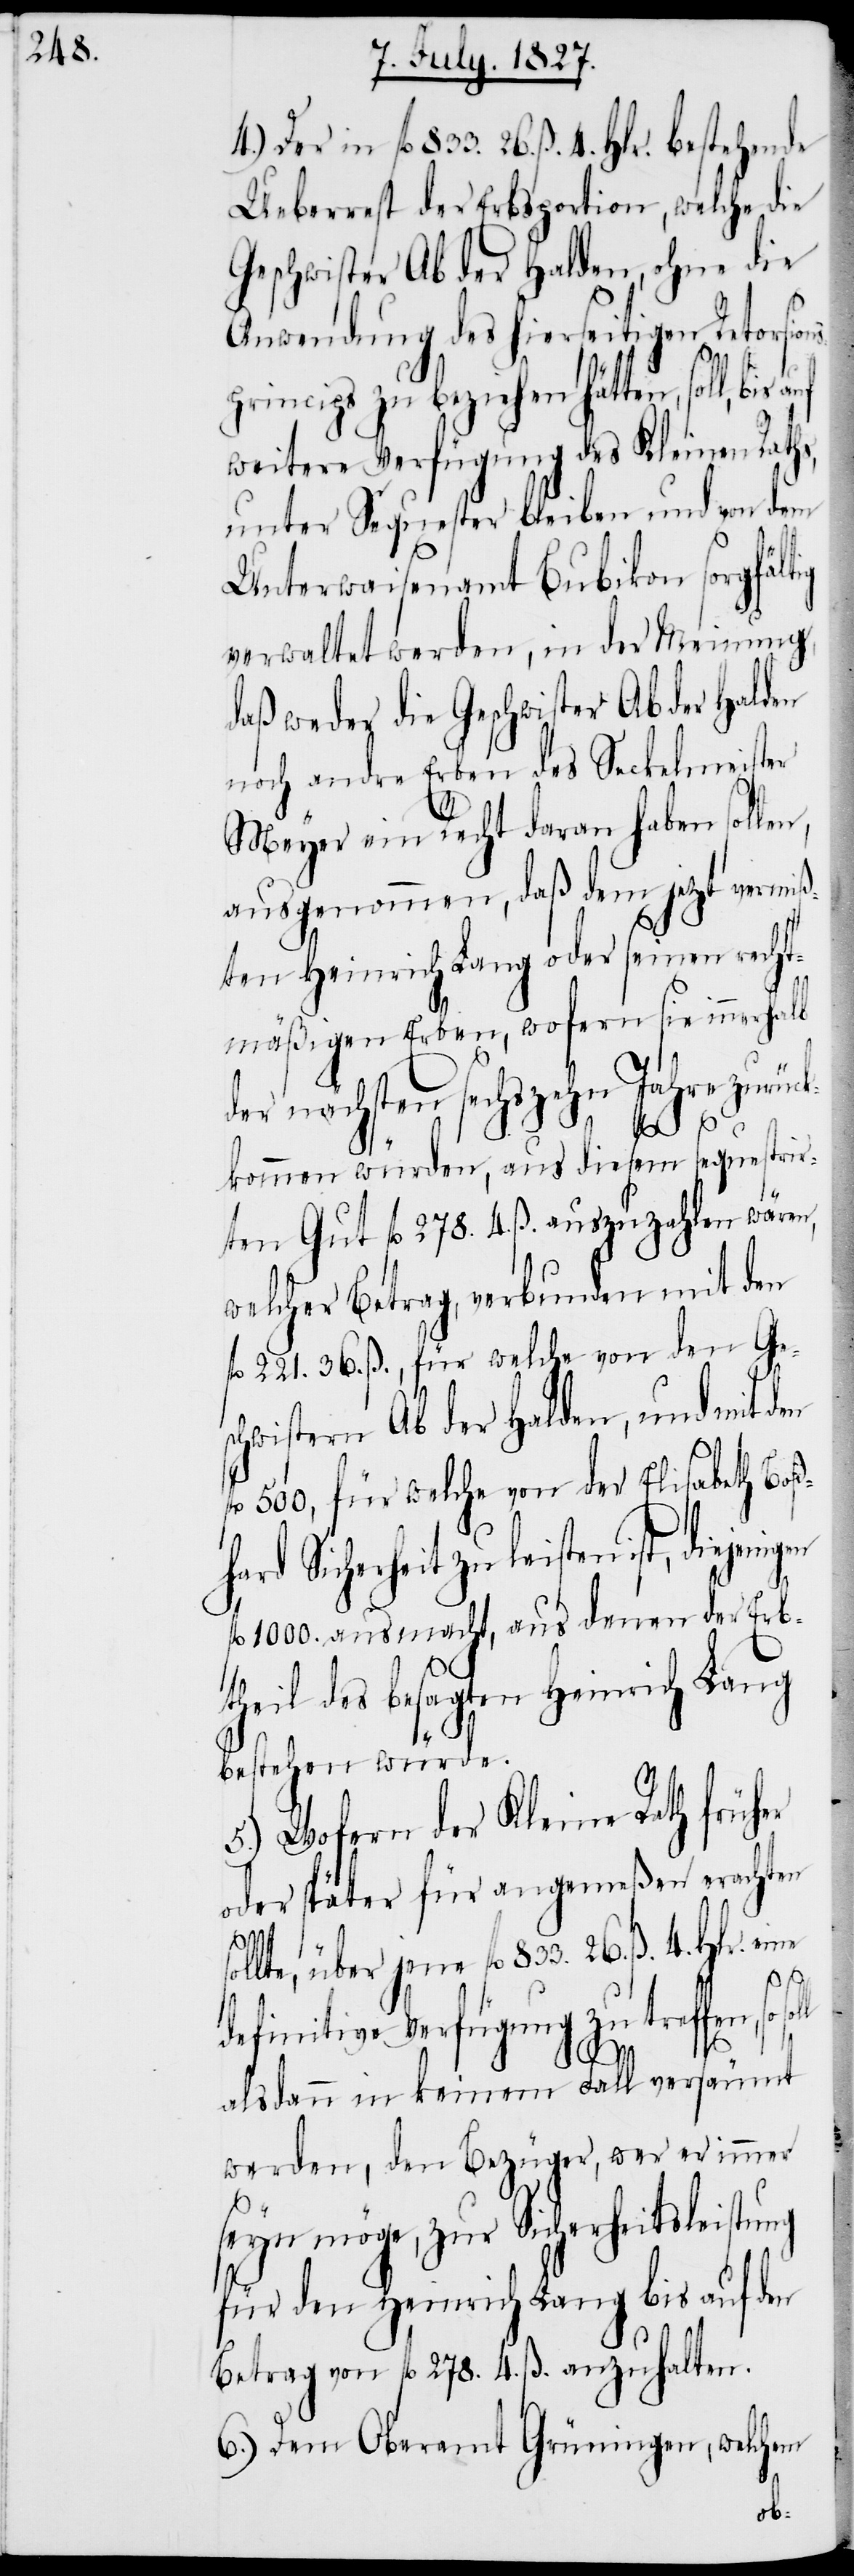
4.) Der in fl. 833. 26. ß. 4. Hlr. bestehende
Ueberrest der Erbsportion, welcher die
Geschwister Ab der Halden, ohne die
Anwendung des hierseitigen Retorsion¬
sprincips zu beziehen hätten, soll,
weitere Verfügung des Kleinen Raths,
unter Sequester bleiben und von dem
Unterwaisenamt Bubikon sorgfältig
verwaltet werden, in der Meinung,
daß weder die Geschwister Ab der Halden
noch andre Erben des Seckelmeister
Meyer ein Recht daran haben sollen,
ausgenommen, daß dem jetzt vermi¬
ßten Heinrich Lang oder seinen recht¬
mäßigen Erben, wofern sie innerhalb
der nächsten sechszehn Jahren zurück¬
hard Sic¬
kommen würden, aus diesem sequestir¬
ten Gut fl. 278. 4. ß. auszuzahlen wären,
welcher Betrag, verbunden mit den
fl. 221. 36. ß., für welche von den Ge¬
schwistern Ab der Halden, und mit den
500, für welche von der Elisabetha Boß¬
herheit zu leisten ist, diejeni¬
l. 1000. ausmacht, aus denen der Erb¬
fl.
theil des besagten Heinrich Lang
bestehen würde.
5.) Wofern der Kleine Rath früher
oder später für angemeßen erachten
f¬
sollte, über jene fl. 833. 26. ß. 4. Hlr. eine
definitive Verfügung zu treffen, so
alsdann in keinem Fall versäumt
werden, den Bezüger, wer er immer
seyn möge, zur Sicherheitsleistung
für den Heinrich Lang bis auf den
Betrag von fl. 278. 4. ß. anzuhalten.
6.) Dem Oberamt Grüningen, welchem
gen